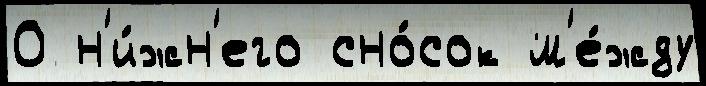
0 н'и́жн'его сно́сок м'е́жду